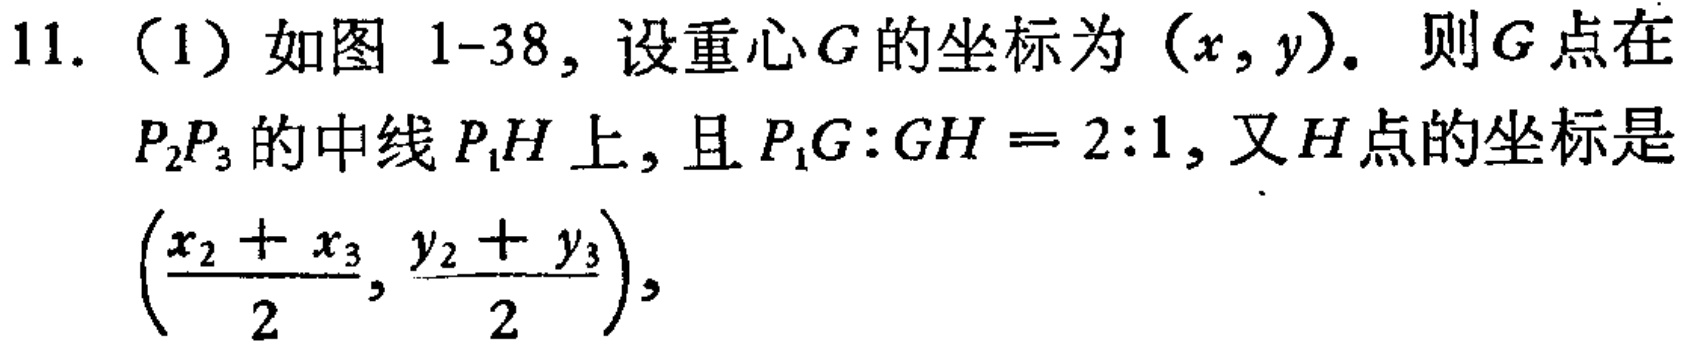
11.（1）如图 1-38，设重心\(G\)的坐标为\((x,y)\)。则\(G\)点在\(P_2P_3\)的中线\(P_1H\)上，且\(P_1G:GH = 2:1\)，又\(H\)点的坐标是\((\frac{x_2 + x_3}{2}, \frac{y_2 + y_3}{2})\)，